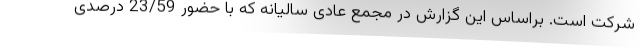
شرکت است. براساس این گزارش در مجمع عادی سالیانه که با حضور 23/59 درصدی